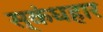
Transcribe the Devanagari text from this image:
स्कंधहार